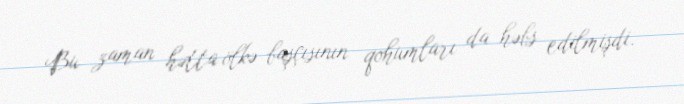
Bu zaman hətta ölkə başçısının qohumları da həbs edilmişdi.